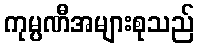
ကုမ္ပဏီအများစုသည်